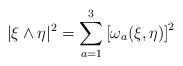
LaTeX: \begin{align*}|\xi\wedge\eta|^2=\sum\limits_{a=1}^3\left[\omega_a(\xi,\eta)\right]^2\end{align*}